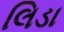
લિડા